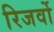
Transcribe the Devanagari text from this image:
रिजर्वो